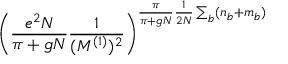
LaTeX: \left( \frac { e ^ { 2 } N } { \pi + g N } \frac { 1 } { ( M ^ { ( 1 ) } ) ^ { 2 } } \right) ^ { \frac { \pi } { \pi + g N } \frac { 1 } { 2 N } \sum _ { b } ( n _ { b } + m _ { b } ) }